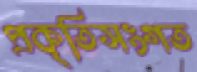
প্রকৃতিসংগত